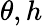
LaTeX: \theta,h